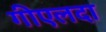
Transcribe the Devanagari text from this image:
गीएलदा